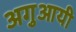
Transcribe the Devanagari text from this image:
अगुआयी